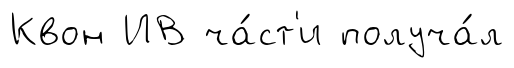
Квон ИВ ча́ст'и получа́л